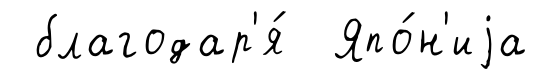
благодар'я́ Япо́н'иjа